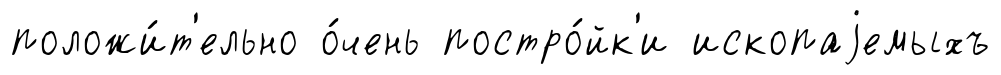
положи́т'ельно о́чень постро́йк'и ископаjемыхъ